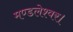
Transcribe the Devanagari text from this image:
मण्डलेश्वर।